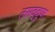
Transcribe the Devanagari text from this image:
तसव्वूफ